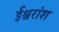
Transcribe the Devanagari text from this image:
ईश्वरांश